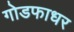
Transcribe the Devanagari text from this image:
गोडफाधर